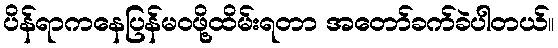
ပိန်ရာကနေပြန်မဝဖို့ထိမ်းရတာ အတော်ခက်ခဲပါတယ်။